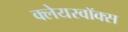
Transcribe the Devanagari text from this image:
क्लेयरवॉक्स